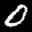
Label: 0